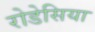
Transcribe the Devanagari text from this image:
रोडेसिया